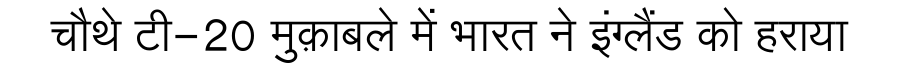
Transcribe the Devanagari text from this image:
चौथे टी-20 मुक़ाबले में भारत ने इंग्लैंड को हराया